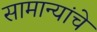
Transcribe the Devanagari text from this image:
सामान्यांचे